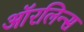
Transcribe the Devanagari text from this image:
ऑरलिन्स